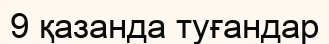
9 қазанда туғандар